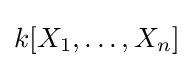
k[X_{1},\dots ,X_{n}]